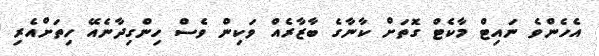
އެހެންވެ ނައިޓް މާކެޓް ގޮތަށް ކާނާގެ ބާޒާރެއް ވަކިން ވެސް ހިންގިދާނެއޭ ހިތަށްއެރި